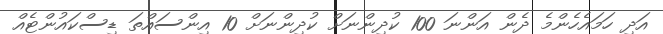
އަދި ހަމައެހެންމެ ދެން އަންނަ 100 ކުދިންނަށް ކުދިންނަށް 10 އިންސައްތަ ޑިސްކައުންޓެއް